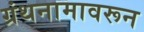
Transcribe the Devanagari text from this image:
ग्रंथनामावरून